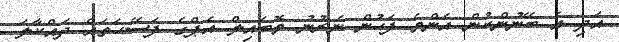
އަދި އެ ބޭނުންކުން އެންމެ ފަހުން ނެރުނު މޮބައިލް އެޕްގެ ފަސޭހަތައް ދައްކާލަ